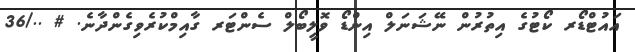
އައުޓްޑޯރ ކޯޓުގެ އިތުރުން ނޭޝަނަލް އިންޑޯ ވޮލީބޯލް ސެންޓަރ ގާއިމްކުރެވިގެންދާނެ. # ../36